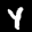
Label: 4